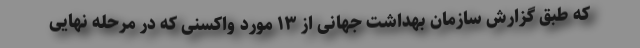
که طبق گزارش سازمان بهداشت جهانی از ۱۳ مورد واکسنی که در مرحله نهایی